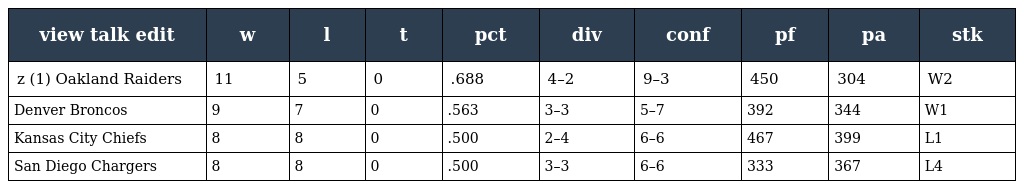
| view talk edit | w | l | t | pct | div | conf | pf | pa | stk |
 | --- | --- | --- | --- | --- | --- | --- | --- | --- | --- |
 | z (1) Oakland Raiders | 11 | 5 | 0 | .688 | 4–2 | 9–3 | 450 | 304 | W2 |
 | Denver Broncos | 9 | 7 | 0 | .563 | 3–3 | 5–7 | 392 | 344 | W1 |
 | Kansas City Chiefs | 8 | 8 | 0 | .500 | 2–4 | 6–6 | 467 | 399 | L1 |
 | San Diego Chargers | 8 | 8 | 0 | .500 | 3–3 | 6–6 | 333 | 367 | L4 |